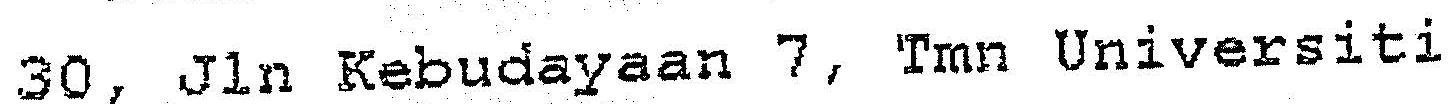
30, JLN KEBUDAYAAN 7, TMN UNIVERSITI